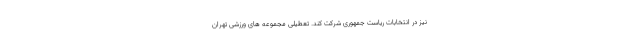
نیز در انتخابات ریاست جمهوری شرکت کند. تعطیلی مجموعه های ورزشی تهران